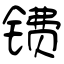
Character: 镄